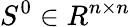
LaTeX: S^{0}\in R^{n\times n}